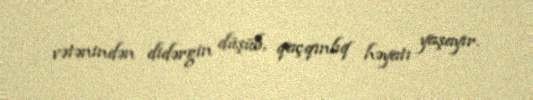
vətənindən didərgin düşüb, qaçqınlıq həyatı yaşayır.